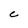
Character: C